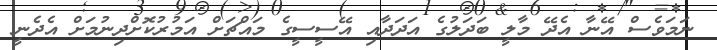
ނަމަވެސް އޭނާ އެދޭ މާލީ ބަދަލުގެ އަދަދާއި އޭސީސީގެ މައްޗަށް އަމުރުކޮށްދިނުމަށް އެދެނީ